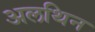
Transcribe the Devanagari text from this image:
अलथिन